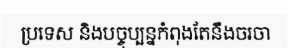
ប្រទេស និងបច្ចុប្បន្នកំពុងតែនឹងចរចា